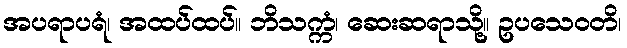
အပရာပရံ၊ အထပ်ထပ်။ ဘိသက္ကံ၊ ဆေးဆရာသို့။ ဥပသေဝတိ၊